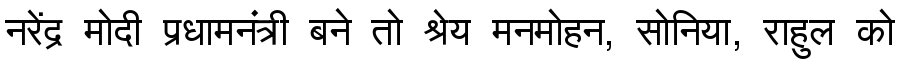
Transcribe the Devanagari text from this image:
नरेंद्र मोदी प्रधामनंत्री बने तो श्रेय मनमोहन, सोनिया, राहुल को